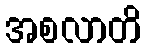
အစလာတိ